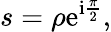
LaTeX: s=\rho\mathrm{e}^{\mathrm{i}\frac{\pi}{2}},